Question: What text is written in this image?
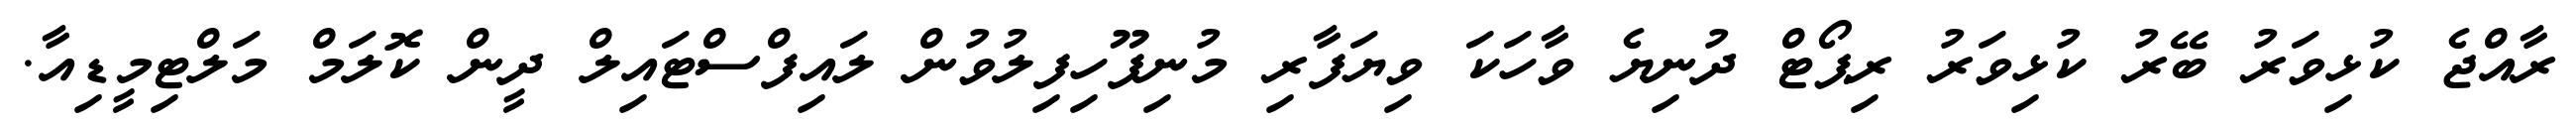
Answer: ރާއްޖެ ކުޅިވަރު ބޭރު ކުޅިވަރު ރިޕޯޓް ދުނިޔެ ވާހަކަ ވިޔަފާރި މުނިފޫހިފިލުވުން ލައިފްސްޓައިލް ދީން ކޮލަމް މަލްޓިމީޑިއާ.